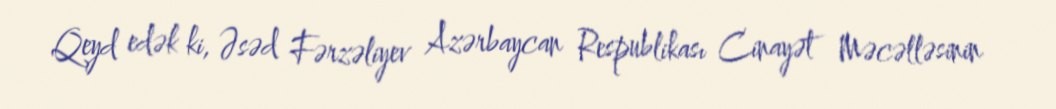
Qeyd edək ki, Əsəd Fərzəliyev Azərbaycan Respublikası Cinayət Məcəlləsinin